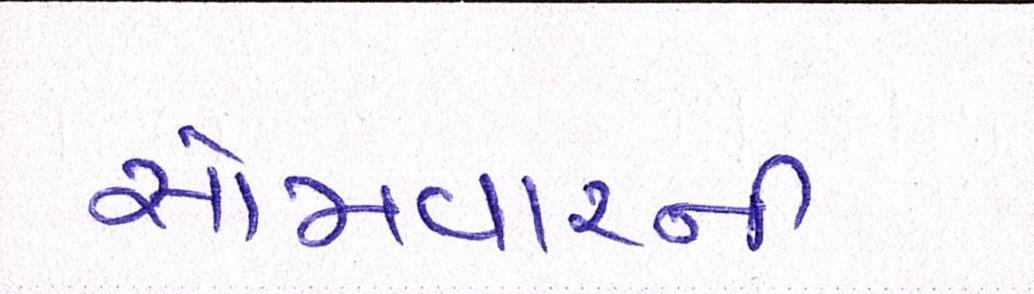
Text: સોમવારની